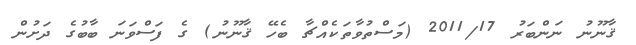
ޤާނޫނު ނަންބަރު 2011/17 (މަސްތުވާތަކެއްޗާ ބެހޭ ޤާނޫނު) ގެ ފަސްވަނަ ބާބުގެ ދަށުން